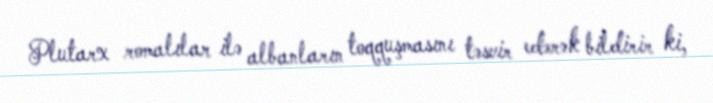
Plutarx romalılar ilə albanların toqquşmasını təsvir edərək bildirir ki,